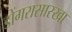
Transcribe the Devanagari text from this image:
डोंगरासारखा